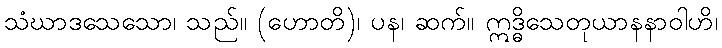
သံဃာဒသေသော၊ သည်။ (ဟောတိ)၊ ပန၊ ဆက်။ ဣဒ္ဓိသေတုယာနနာဝါဟိ၊